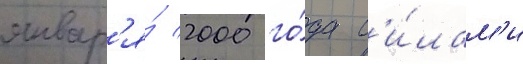
январ'я́ 2000 го́да с'и́лам'и